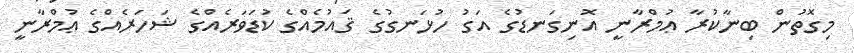
މިގޮތުން ބިނާކުރާ ޢުމްރާނީ އޮނިގަނޑުގެ އަގު ހުޅަނގުގެ ޤައުމެއްގެ ކުޑަވަރެއްގެ ޝަހަރެއްގެ ޢުމްރާނީ